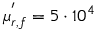
\mu _ { r , f } ^ { ' } = 5 \cdot 1 0 ^ { 4 }